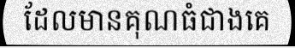
ដែលមានគុណធំជាងគេ